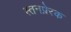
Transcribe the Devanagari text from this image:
स्तनप्रेरक